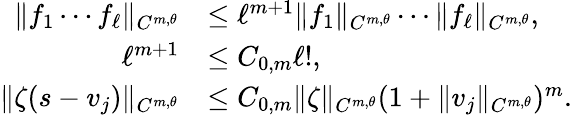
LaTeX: \begin{array}{rl}{\Vert f_{1}\cdots f_{\ell}\Vert_{C^{m,\theta}}}&{\leq\ell^{m+1}\Vert f_{1}\Vert_{C^{m,\theta}}\cdots\Vert f_{\ell}\Vert_{C^{m,\theta}},}\\ {\ell^{m+1}}&{\leq C_{0,m}\ell!,}\\ {\Vert\zeta(s-v_{j})\Vert_{C^{m,\theta}}}&{\leq C_{0,m}\Vert\zeta\Vert_{C^{m,\theta}}(1+\Vert v_{j}\Vert_{C^{m,\theta}})^{m}.}\end{array}